Lunatic asylums Madras 1892-1911 - 1892-1911
Year: 1892
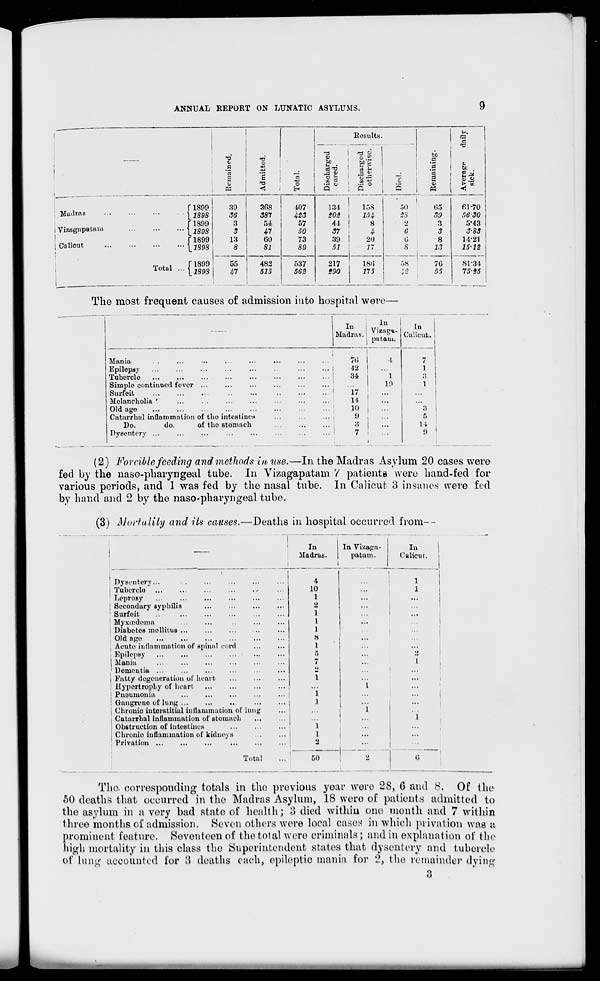
ANNUAL REPORT ON LUNATIC ASYLUMS.
9
*T3
a
Results
|
<*
be
ing.
+J
3^
5 S
A
1
J p
~ G'
CS
s
'o
9 5
isc
oth
g
a 01
<
i
r<
Q C
o
O
« 1
►,
d
c
be
Madras
i vizagupafcam
i Calicut
i
;
:
Total ..
T1899
[1898
f 1899
\189S
T1899
t.2898
T1899
1.289S
39
3G8
407
.56
387
m
8
54
57
3
47
50
13
60
73
8
81
80
55
482
537
47
515
562
134
44
37
39
51
217
»90
158
8
4
20
J7
18U
175
50
28
o
C
0
8
58
65
30
3
3
8
23
76
05
61-70
50-30
5-43
3-83
14-21
25-23
81-34
75-55
The most frequent causes of admission into hospital wore—
In i ln
Madras. ' ■ Vl f &*-
: patarn.
Mania
Epilepsy
Tubercle
Simplo continued fever ...
Surfeit
Melancholia '
Old ago
Oatarrhal inflammation of the. intestines
Do.
do.
of the stomach
Dysentery ...
70
42
34
17
14
10
9
3
7
1
19
In
Calicut.
14
9
(2) Forcible feeding and methods in use,—In the Madras Asylum 20 cases were
fed by the naso-pharyngeal tube. In Vizagapatam 7 patients were hand-fed for
various periods, and 1 was fed by the nasal tube, ln Calicut 3 insanes were fed
by hand and 2 by the naso-pharyngeal tube.
(3) Mortality and its causes.—Deaths in hospital occurred from--
Dysentery...
Tuberclo
Leprosy
Secondary syphilis
Surfoit
...
Myxuedoma
Diabetes mollkus ...
Old nge
Acute inflammation of spinal cord
Epilepsy
...
...
...
...
Mania
Dementia ...
Fatty degeneration of heart
Hypertrophy of heart
Pneumonia
Gangrene of lung ...
Chronic interstitial inflammation of lui
Catarrhal inflammation of stomach
Obstruction of intestines
Chronic inflammation of kidneys
Privation ...
Total
In
In Vizapa-
In
Madras.
i.
1
patam.
Calicut.
4
1
10
1
1
2
...
...
1
I
1
...
8
1
s
• _>
7
1
li
...
1
1
1
...
1
1
...
!
1
1
1
...
2
i
50
_.
6
The. corresponding totals in the previous year wero 28, 6 and 8. Of the
50 deaths that occurred in the Madras Asylum, 18 were of patients admitted to
the asylum in a very bad stato of health; 3 died within ono month and 7 within
three months of admission. Seven others were local eases in which privation was a
prominent feature. Seventeen of the total were criminals ; and in explanation of the
high mortality in this class the Superintendent states that dysentery and tubercle
of lung accounted for 8 deaths each, epileptic mania for i?, the remainder dying
3